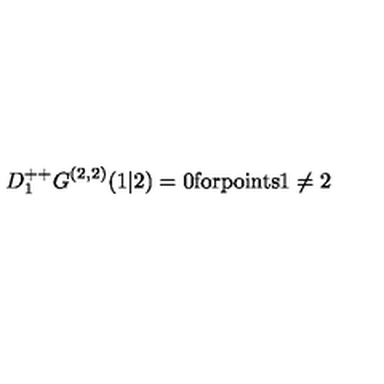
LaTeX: D _ { 1 } ^ { + + } G ^ { ( 2 , 2 ) } ( 1 \vert 2 ) = 0 \mathrm { f o r p o i n t s 1 \neq 2 }